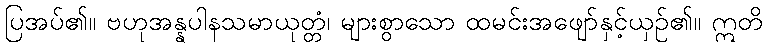
ပြအပ်၏။ ဗဟုအန္နပါနသမာယုတ္တံ၊ များစွာသော ထမင်းအဖျော်နှင့်ယှဉ်၏။ ဣတိ